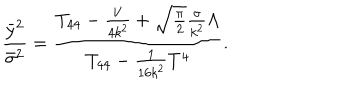
LaTeX: \frac { { \bar { y } } ^ { 2 } } { { \bar { \sigma } } ^ { 2 } } = \frac { T _ { 4 4 } - \frac { V } { 4 k ^ { 2 } } + \sqrt { \frac { \pi } { 2 } } \frac { \sigma } { k ^ { 2 } } \Lambda } { T _ { 4 4 } - \frac { 1 } { 1 6 k ^ { 2 } } T ^ { 4 } } .